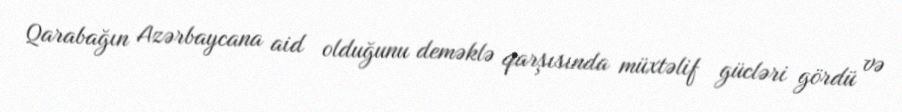
Qarabağın Azərbaycana aid olduğunu deməklə qarşısında müxtəlif gücləri gördü və